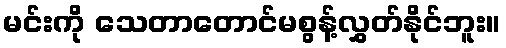
မင်းကို သေတာတောင်မစွန့်လွှတ်နိုင်ဘူး။